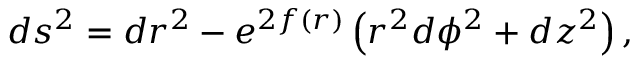
d s ^ { 2 } = d r ^ { 2 } - e ^ { 2 f ( r ) } \left( r ^ { 2 } d \phi ^ { 2 } + d z ^ { 2 } \right) ,